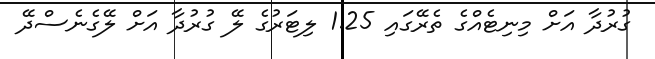
ގުރުދާ އަށް މިނިޓެއްގެ ތެރޭގައި 1.25 ލިޓަރުގެ ލޭ ގުރުދާ އަށް ލޭގެނެސްދޭ